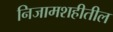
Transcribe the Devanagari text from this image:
निजामशहीतील